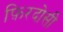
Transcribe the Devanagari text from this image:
फ़िरदोसी